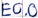
Text: E0.0